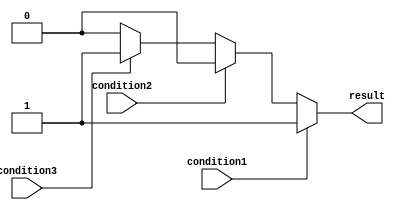
module if_else_ladder(
    input wire condition1,
    input wire condition2,
    input wire condition3,
    output reg result
);

always @ (*) begin
    if (condition1) begin
        result <= 1;
    end
    else if (condition2) begin
        result <= 2;
    end
    else if (condition3) begin
        result <= 3;
    end
    else begin
        result <= 0; // default block
    end
end

endmodule